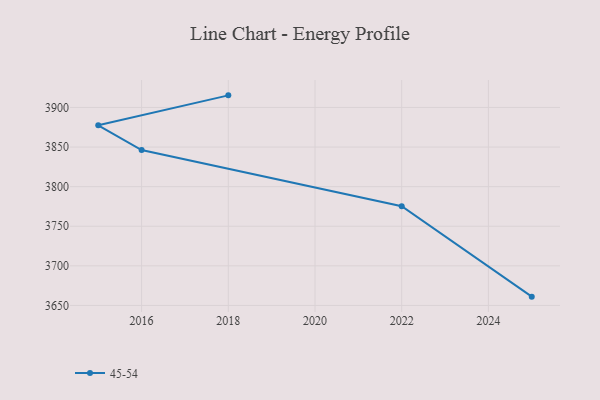
{"axis": {"x": "Year", "y": "Population (Million)"}, "legend": ["45-54"], "data": [{"x": "2018", "y": 3915.3, "type": "45-54"}, {"x": "2015", "y": 3877.5, "type": "45-54"}, {"x": "2016", "y": 3846.2, "type": "45-54"}, {"x": "2022", "y": 3775.2, "type": "45-54"}, {"x": "2025", "y": 3661.1, "type": "45-54"}]}